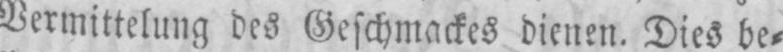
Vermittelung des Geschmackes dienen. Dies be⸗